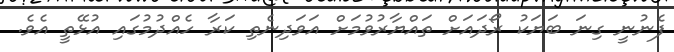
ފެނުނީ ގިނަ ބަޔަކު ރޯދައަށް ތައްޔާރުވުމަށް އަވަދިނެތި ކަރާ ހެއްދުމުގައި އުޅޭތީ އެވެ.